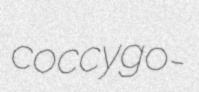
coccygo-